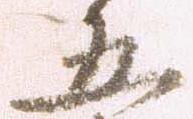
五